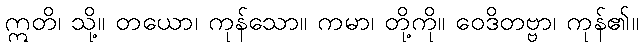
ဣတိ၊ သို့။ တယော၊ ကုန်သော။ ကမာ၊ တို့ကို။ ဝေဒိတဗ္ဗာ၊ ကုန်၏။